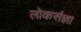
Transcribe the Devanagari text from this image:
लोकसंज्ञा